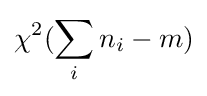
\chi ^{2}(\sum _{i}n_{i}-m)